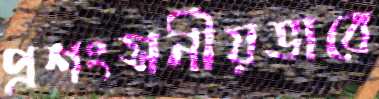
প্রশংসনীয়ভাবে